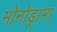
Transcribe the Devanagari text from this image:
मोनोड्रामा